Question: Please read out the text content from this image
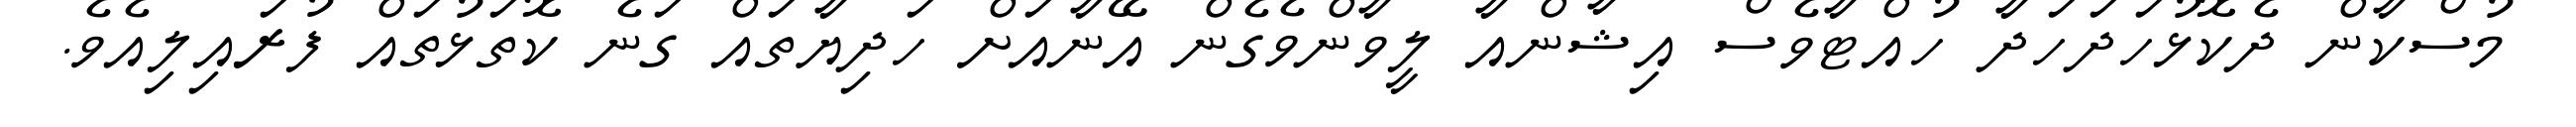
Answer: މުސްކާން ދެކޮޅުހަދަހަދާ ހުއްޓާވެސް އިޝާންއާ ލީވާންވެގެން އޭނާއަށް ހަދިޔާތައް ގަނެ ކޮތަޅުތައް ފުރައިލިއެވެ.